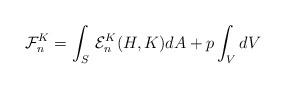
LaTeX: \begin{align*}{\cal F}^{K}_{n}=\int_{S}\, {\cal E}^{K}_{n}(H,K) dA+p \int_{V} dV\end{align*}